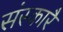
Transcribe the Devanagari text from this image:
संस्कारै